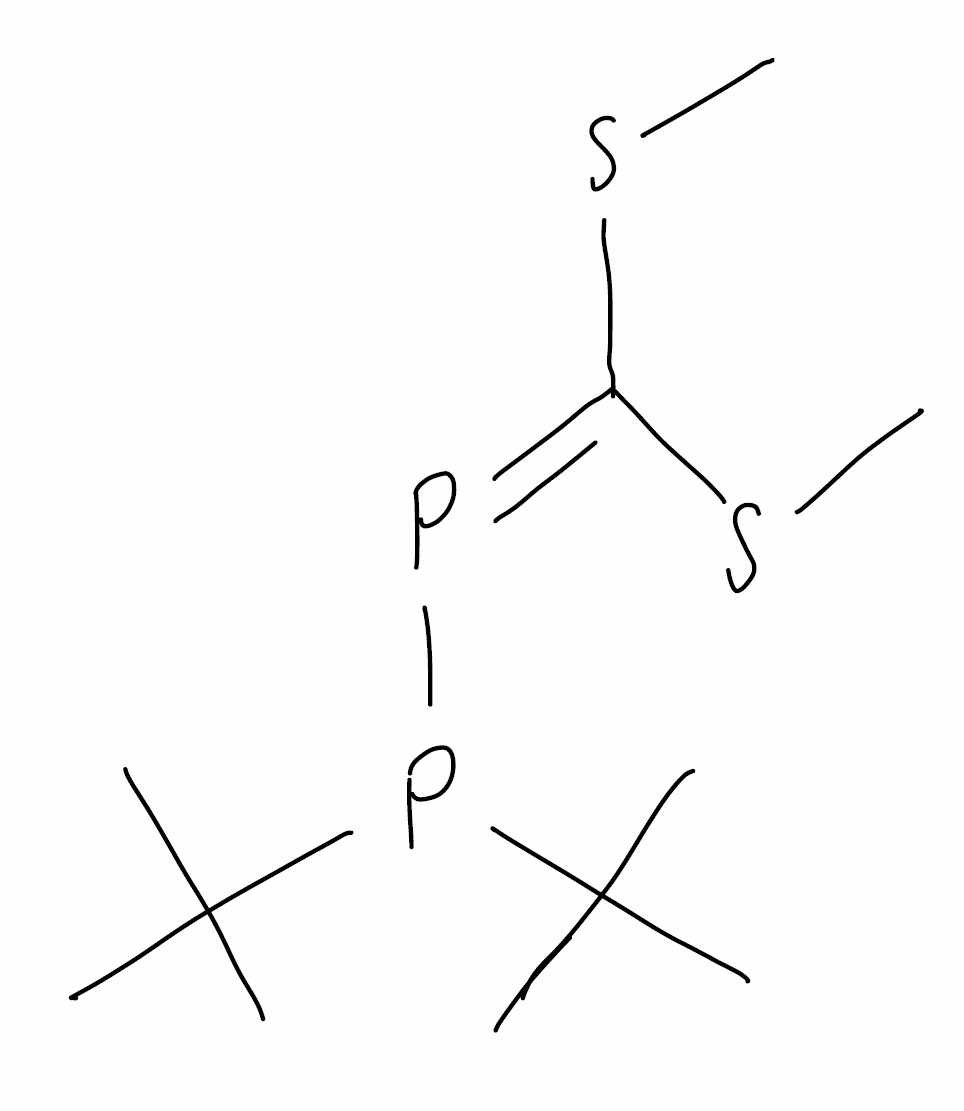
Simplified molecular-input line-entry system (SMILES) notation of the given molecule:
CC(C)(C)P(C(C)(C)C)P=C(SC)SC